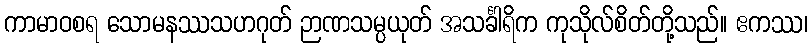
ကာမာဝစရ သောမနဿသဟဂုတ် ဉာဏသမ္ပယုတ် အသင်္ခါရိက ကုသိုလ်စိတ်တို့သည်။ ဧကဿ၊